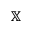
\mathbb { X }